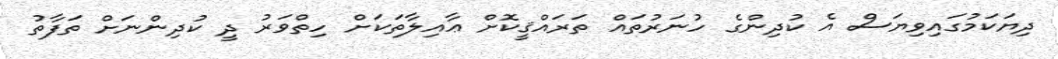
ދިޔަކަމުގައިވިޔަސް އެ ކުދިންގެ ހުނަރުތައް ތަރައްޤީކޮށް ޢާއިލާތަކަށް ހިތްވަރު ދީ ކުދިންނަށް ތަފާތު